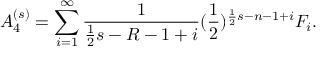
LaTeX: A _ { 4 } ^ { ( s ) } = \sum _ { i = 1 } ^ { \infty } \frac { 1 } { \frac { 1 } { 2 } s - R - 1 + i } ( \frac { 1 } { 2 } ) ^ { \frac { 1 } { 2 } s - n - 1 + i } F _ { i } .